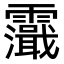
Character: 𩆭